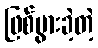
ဖြစ်ပွားခဲ့တဲ့